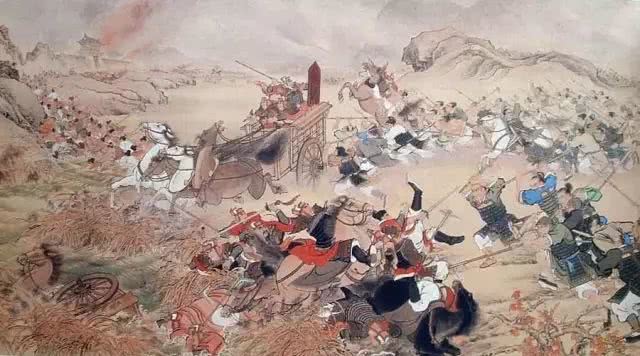
凡战者，以正合，以奇胜。